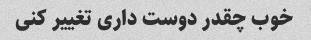
خوب چقدر دوست داری تغییر کنی